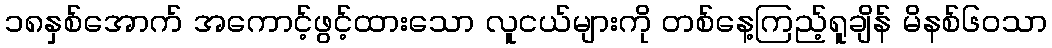
၁၈နှစ်အောက် အကောင့်ဖွင့်ထားသော လူငယ်များကို တစ်နေ့ကြည့်ရူချိန် မိနစ်၆၀သာ